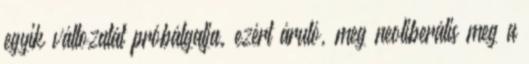
egyik változatát próbálgatja. ezért áruló, meg neoliberális meg a